Vital statistics of India. Vol. VI, European troops 1870-79
Year: 1870
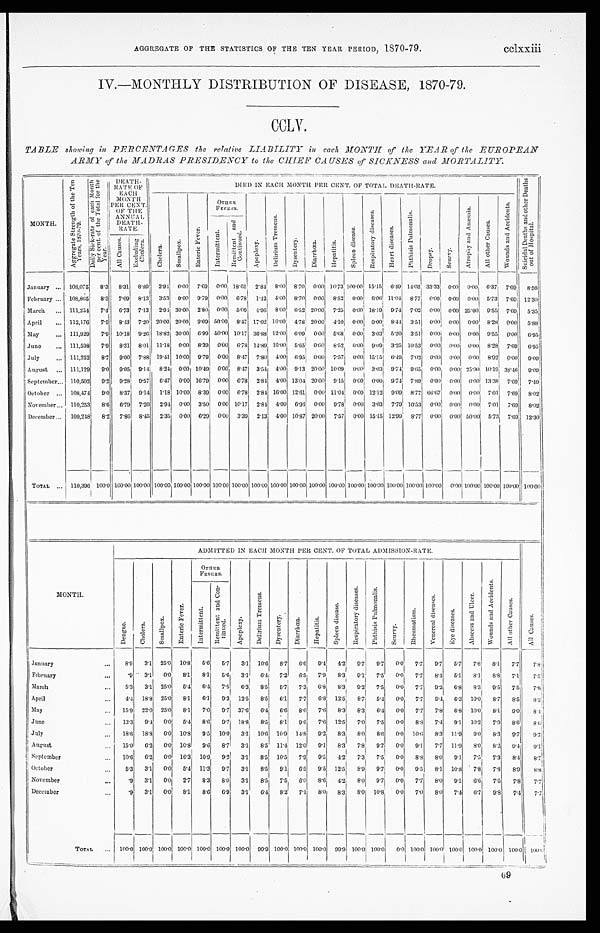
AGGREGATE OF THE STATISTICS OF THE TEN YEAR PERIOD, 1870-79.
cclxxiii
IV.—MONTHLY DISTRIBUTION OF DISEASE, 1870-79.
CCLV.
TABLE showing in PERCENTAGES the relative LIABILITY in each MONTH of the YEAR of the EUROPEAN
ARMY of the MADRAS PRESIDENCY to the CHIEF CAUSES of SICKNESS and MORTALITY.
MONTH.
A g g r e g a t e S t r e n g t h o f t h e T e n Y e a r s , 1 8 7 0 - 7 9
D a i l y S i c k - r a t e o f e a c h M o n t h p e r c e n t . o f t h e T o t a l f o r t h e Y e a r .
D E A T H - R A T E O F E A C H M O N T H P E R C E N T . O F T H E A N N U A L D E A T H - R A T E .
DIED IN EACH MONTH PER CENT. OF TOTAL DEATH-RATE.
S u i c i d a l D e a t h s a n d o t h e r D e a t h s o u t o f H o s p i t a l .
Chol er a.
S m a l l p o x .
E n t e r i c F e v e r .
O T H E R F E V E R S .
A p o p l e x y .
D e l i r i u m T r e m e n s .
D y s e n t e r y .
D i a r r h œ a .
H e p a t i t i s .
S p l e e n d i s e a s e .
R e s p i r a t o r y d i s e a s e s .
H e a r t d i s e a s e s .
P h t h i s i s P u l m o n a l i s
Dr opsy.
S c u r v y .
A t r o p h y a n d A n æ m i a .
A l l o t h e r C a u s e s .
W o u n d s a n d A c c i d e n t s .
I n t e r m i t t e n t .
R e m i t t e n t a n d C o n t i n u e d .
A l l C a u s e s . Exc l udi ng Chol e r a .
January ... 108,075
8.3 8.31 8.89 2.94 0.00 7.69 0.00 18.65 28.4 8.00 8.70 0.00 10.73 100.00 15.15 6.49 14.03 33.33 0.00 0.00 6.37 7.69 8.56
February ... 108,805
8.3
7 . 6 9
8 . 1 3 3.53 0.00 9.79 0.00 67.8 1.42 4.00 8.70 0.00 8.52 0.00 6.06 11.04 8.77 0.00 0.00 0.00 57.3 7.69 12. 30
March
... 111,254
7.4 6.73 7.13 2.94
3 0 . 0 0
2.80 0.00 5.09
4 . 9 6
8 . 0 0
6 . 5 2 20.00 7.25 0.00 18.19 9.74 7.02 0.00 0.00 25.00 9.55 7.69 5. 35
April
... 112,176
7.5 8.43 7.20 20.00 20.00 9.09 10.00 8.47 17.02 16.00 4.78
2 0 . 0 0
4 . 1 0 0.00 0.00 8.44 3.51 0.00 0.00 0.00 8.28 0.00 5.88
May... 111,929
7.8 10.18 9.26 18.82 30.00 6.99
5 0 . 0 0 10.17 36.88
1 2 . 0 0
6 . 0 9
0 . 0 0
5 . 6 8
0 . 0 0
3 . 0 3
5 . 2 0 3.51 0.00
0.00 0.00 95.5 0.00 6.95
June
111,598
7.9 8.31 8.01 11.18 0.00 8.39 0.00 6.78
1 4 . 8 9 16.00
5 . 6 5 0.00
8 . 5 2
0 . 0 0 9.09 3.25 10.53 0.00 0.00 0.00 8.28 7.69 6. 95
July
111,252
8.7 9.00 7.88 19.41 10.00 9.79 0.00 8.47
7 . 8 0
4 . 0 0
6 . 9 5 0.00 7.57 0.00 15.15 6.49 7.02 0.00 0.00 0.00 8.92 0.00 9.09
August
111,129
9.0 9.05 9.14 8.24 0.00 10.49 0.00 8.47 3.54 4.00 9.13 20.00 10.09 0.00 3.03
9 . 7 4
9.65 0.00 0.00 25.00 10.19 38.46 9 . 0 9
September... 110,502 9.2 9.28 9.57 6.47 0.00 16.79 0.00 6.78 2.84 4.00 13.04 20.00
9 . 1 5
0.00 0.00
9 . 7 4 7.89
0 . 0 0 0.00 0.00 13.38 7.69
7 . 4 9
October ... 108,474
90 8.37 9.14 1.18 10.0 8.39 0.00 6.78 2.84 16.00 12.61 0.00 11.04
0 . 0 0 12.12 9.09 8.77 66.67 0.00 0.00 7.01 7.69 8 . 0 2
November... 110,253
8.6 6.79 7.20 2.94 0.00 3.50 0.00 10.17 2.84 4.00 6.95 0.00 9.78 0.00 3.03 7.79 10.53 0.00 0.00 0.00 7.01 7.69 8.02
December ... 109,218
8.2 7.86 8.45 2.35
0 . 0 0
6 . 2 9 0.00
3 . 3 9 2.13 400 10.87 20.00 7.57 0.00 15.15 12.99 8.77 0.00 0.00 50.00 5.73 7.69 12. 30
TOTAL
. . . 110,306 100.0 100.00 100.00 100.00 100.00 100.00 100.00 100.00
1 0 0 . 0 0
100.00 100.00 100.00 100.00 100.00 100.00 100.00 100.00 100.00
1 0 0 . 0 0 100.00 100.00 100.00 100.00
ADMITTED IN EACH MONTH PER CENT. OF TOTAL ADMISSION -RATE.
A l l C a u s e s .
MONTH.
D e n g e .
C h o l c r a .
S m a l l p o x .
E n t e r i c F e v e r .
OTHER FEVERS.
A p o p l e x y
D e l i r i u m T r e m e n s .
D y s e n t e r y . D i a r r h œ a .
H e p a t i t i s .
S p l e e n d i s e a s e .
R e s p i r a t o r y d i s e a s e s .
P h t h i s i s P u l m o n a l i s .
S c u r v y .
R h e u m a t i s m .
V e n e r e a l d i s e a s e s
E y e d i s e a s e s .
A b s c e s s a n d U l c e r .
W o u n d s a n d A c c i d e n t s .
A l l o t h e r C a u s e s .
I n t e r m i t t e n t .
R e m i t t e n t a n d C o n - t i n u e d .
January
...
8.9 3.1 25.0 10.8 5.6 5.7 3.1 10.6 8.7 6.6 9.4 4.2 9.7 9.7
0 . 0
7.7
9.7 5.7
7.8 8.1
7.7
7 . 8
February
...
.9
3.1
0.0 8.1 8.1 5.6
3 . 1
6.4 7.2 6.5 7.9 8.3 9.1
7.5 0.0 7.7
8.1
5.1
8.1 8.8 7.1
7.5
March
...
5.3 3.1 25.0 5.4 6.4 7.5 6.3 8.5 5.7 7.3 6.8
8 . 3 9.2
7.5 0.0 7.7
9.2 6.8
8.3 9.5 7.5
7 . 8
April
...
4.4 18.8 25.0
8.1 6.1 9.3 12.5 8.5 6.1 7.7 6.8 12.5
8 . 7 5.4 0.0 7.7 9.4 6.3 10.0 8.7 8.5
8 . 2
May
... 15.9 22.0 25.0 8.1
7.0 9.7 37.6
6 . 4 6.6 8.0 7.6 8.3 8.3 6.4 0.0 7.7
7.8 6.8 10.0 8.1
9.0
8.4
June
...
13.3 9.4 0.0 5.4 8.6
9.7 18.8 8.5 8.1 9.6 7.6 12.5 7.0 7.5 0.0 8.3 7.4
9 . 1 10.2 7.9 8.6
8 . 6
July
. . . 18.6 18.8
0 . 0 10.8 9.5 10.0 3.1 10.6 10.9 14.8 9.2 8.3 8.0 8.6 0.0 10.6
8.3 11.9
9.0 8.3 9.7
9.7
August
. . . 15.0 6.2 0.0 10.8 9.6 8.7 3.1 8.5 11.4 12.0 9.1
8.3 7.8 9.7 0.0 9.1
7.7 11.9
8.0 8.2
9.4
9.1
September
. . .
1 0 . 6 6.2 0.0 16.3 10.9 9.2 3.1 8.5 10.5 7.9 9.5 4.2 7.3 7.5 0.0 8.8
8.0 9.1
7.5 7.3
8.4
8.7
October
. . .
5.3 3.1
0.0 5.4 11.3 9.7 3.1 8.5 9.1
6.5 9.5 12.5 8.9
9 . 7 0.0 9.5 8.1 10.8 7.8 7.8
8.9
8.8
November
. . .
. 9 3.1
0.0 2.7 8.3 8.0 3.1 8.5 7.5 6.0 8.6
4 . 2
8.0
9 . 7 0.0 7.7
8.0 9.1 6.6 7.5
7.8
7. 7
December
...
.9
3.1
0.0 8.1 8.6 6.9
3.1 6.1
8.2 7.1
8.0 8.3 8.0 10.8 0.0 7.0
8.0 7.4 6.7 9.8
7.4
7 . 7
TOTAL ... 100.0 100.0 100.0 100.0 100.0 100.0 100.0 99.9 100.0 100.0 100.0 99.9 100.0 100.0
0 . 0 100.01 0 0 . 0
100.0 100.0 100.0 100.0
1 0 0 . 0